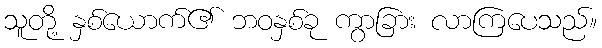
သူတို့ နှစ်ယောက်၏ ဘဝနှစ်ခု ကွာခြား လာကြပေသည်။